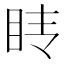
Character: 𰥕